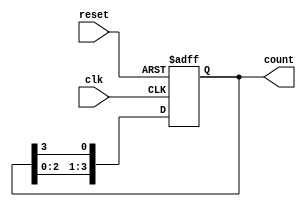
module ring_counter (
    input wire clk,         // Clock signal
    input wire reset,       // Reset signal
    output reg [3:0] count  // 4-bit output representing the current state
);

    // Initial state
    initial begin
        count = 4'b1000;    // Initialize to 1000
    end

    // Sequential logic for the Ring Counter
    always @(posedge clk or posedge reset) begin
        if (reset) begin
            count <= 4'b1000; // Reset to initial state
        end else begin
            // Shift the bits circularly
            count <= {count[2:0], count[3]}; // Shift left and wrap around
        end
    end

endmodule